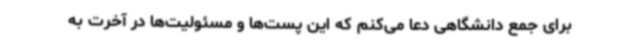
برای جمع دانشگاهی دعا می‌کنم که این پست‌ها و مسئولیت‌ها در آخرت به